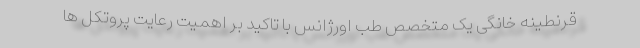
قرنطینه خانگی یک متخصص طب اورژانس با تاکید بر اهمیت رعایت پروتکل ها